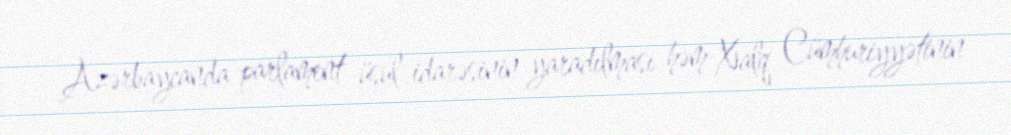
Azərbaycanda parlament üsul-idarəsinin yaradılması həm Xalq Cümhuriyyətinin